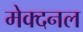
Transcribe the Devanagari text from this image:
मेक्दनल